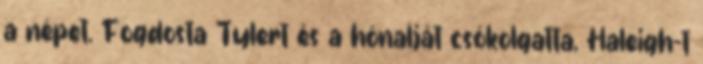
a népet. Fogdosta Tylert és a hónalját csókolgatta, Haleigh-t